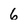
Character: 6